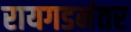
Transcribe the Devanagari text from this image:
रायगडनंतर